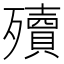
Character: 殰